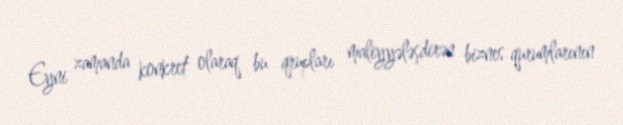
Eyni zamanda konkret olaraq bu qrupları maliyyələşdirən biznes qurumlarının